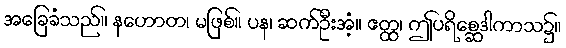
အခြေခံသည်။ နဟောတ၊ မဖြစ်။ ပန၊ ဆက်ဦးအံ့။ ဧတ္ထ၊ ဤပရိစ္ဆေဒါကာသ၌။